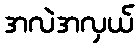
အလဲအလှယ်